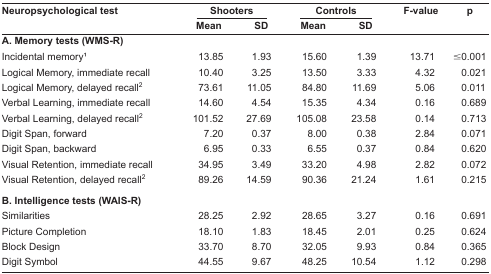
| <ROWSPAN=2> Neuropsychological test | <COLSPAN=2> Shooters | <COLSPAN=2> Controls | <ROWSPAN=2> F-value | <ROWSPAN=2> p |
 | Mean | SD | Mean | SD |
 | --- | --- | --- | --- | --- | --- | --- |
 | <COLSPAN=7> A. Memory tests (WMS-R) |
 | Incidental memory1 | 13.85 | 1.93 | 15.60 | 1.39 | 13.71 | ≤0.001 |
 | Logical Memory, immediate recall | 10.40 | 3.25 | 13.50 | 3.33 | 4.32 | 0.021 |
 | Logical Memory, delayed recall2 | 73.61 | 11.05 | 84.80 | 11.69 | 5.06 | 0.011 |
 | Verbal Learning, immediate recall | 14.60 | 4.54 | 15.35 | 4.34 | 0.16 | 0.689 |
 | Verbal Learning, delayed recall2 | 101.52 | 27.69 | 105.08 | 23.58 | 0.14 | 0.713 |
 | Digit Span, forward | 7.20 | 0.37 | 8.00 | 0.38 | 2.84 | 0.071 |
 | Digit Span, backward | 6.95 | 0.33 | 6.55 | 0.37 | 0.84 | 0.620 |
 | Visual Retention, immediate recall | 34.95 | 3.49 | 33.20 | 4.98 | 2.82 | 0.072 |
 | Visual Retention, delayed recall2 | 89.26 | 14.59 | 90.36 | 21.24 | 1.61 | 0.215 |
 | <COLSPAN=7> B. Intelligence tests (WAIS-R) |
 | Similarities | 28.25 | 2.92 | 28.65 | 3.27 | 0.16 | 0.691 |
 | Picture Completion | 18.10 | 1.83 | 18.45 | 2.01 | 0.25 | 0.624 |
 | Block Design | 33.70 | 8.70 | 32.05 | 9.93 | 0.84 | 0.365 |
 | Digit Symbol | 44.55 | 9.67 | 48.25 | 10.54 | 1.12 | 0.298 |